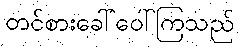
တင်စားခေါ်ဝေါ်ကြသည်